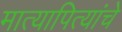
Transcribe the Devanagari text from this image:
मात्यापित्यांचे